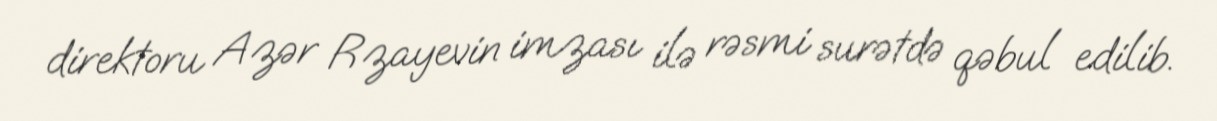
direktoru Azər Rzayevin imzası ilə rəsmi surətdə qəbul edilib.